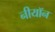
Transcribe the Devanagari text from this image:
नीयॉन